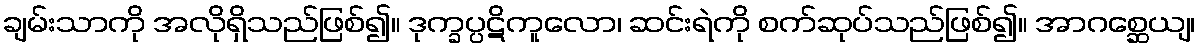
ချမ်းသာကို အလိုရှိသည်ဖြစ်၍။ ဒုက္ခပ္ပဋိကူလော၊ ဆင်းရဲကို စက်ဆုပ်သည်ဖြစ်၍။ အာဂစ္ဆေယျ၊